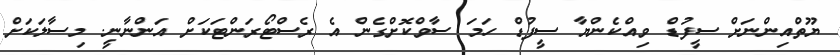
ޔޫތްއިންނަށް ސީފުޑް ވިއްކެންޔާ ސީފުޑް ހަމަ ސާވްކޮށްގެން އެ ރެސްޓޯރަންޓަކަށް އަންނާނީ. މިސާލަކަށް